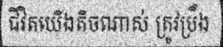
ជីវិតយើងតិចណាស់ ត្រូវប្រឹង